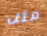
مثل